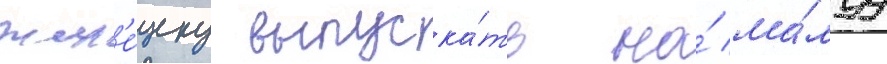
жел'е́зку выпуска́ть на́ ма́луу